Indian journal of veterinary science and animal husbandry - Volume 14,
Year: 1944
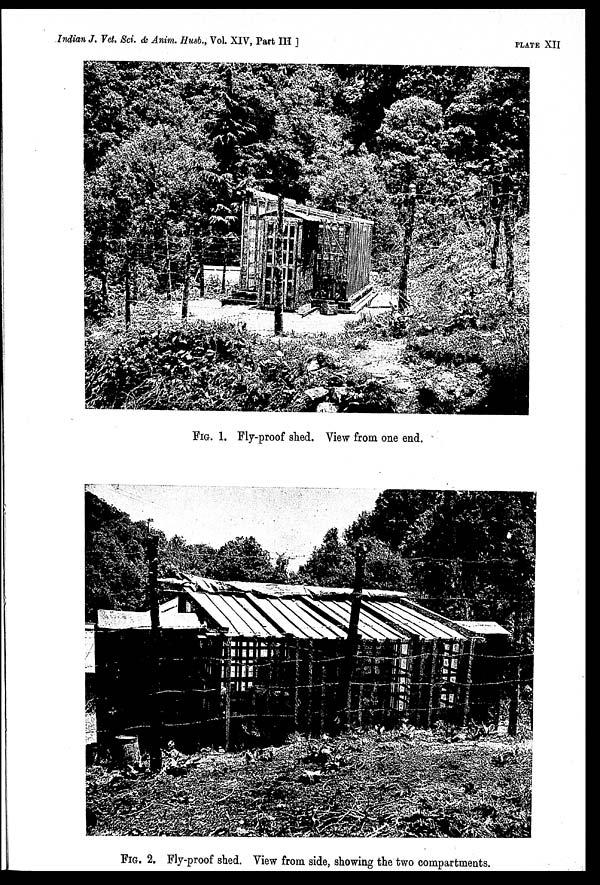
Indian J. Vet. Sci. & Anim. Husb., Vol. XIV, Part III ]
plate XII
FIG. 1. Fly-proof shed. View from one end.
FIG. 2. Fly-proof shed. View from side, showing the two compartments.